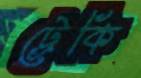
ট্রেকি